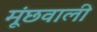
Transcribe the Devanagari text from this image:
मूंछवाली